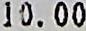
10.00